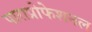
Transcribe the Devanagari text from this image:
पाराप्रोफेशनल